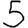
Digit: 5